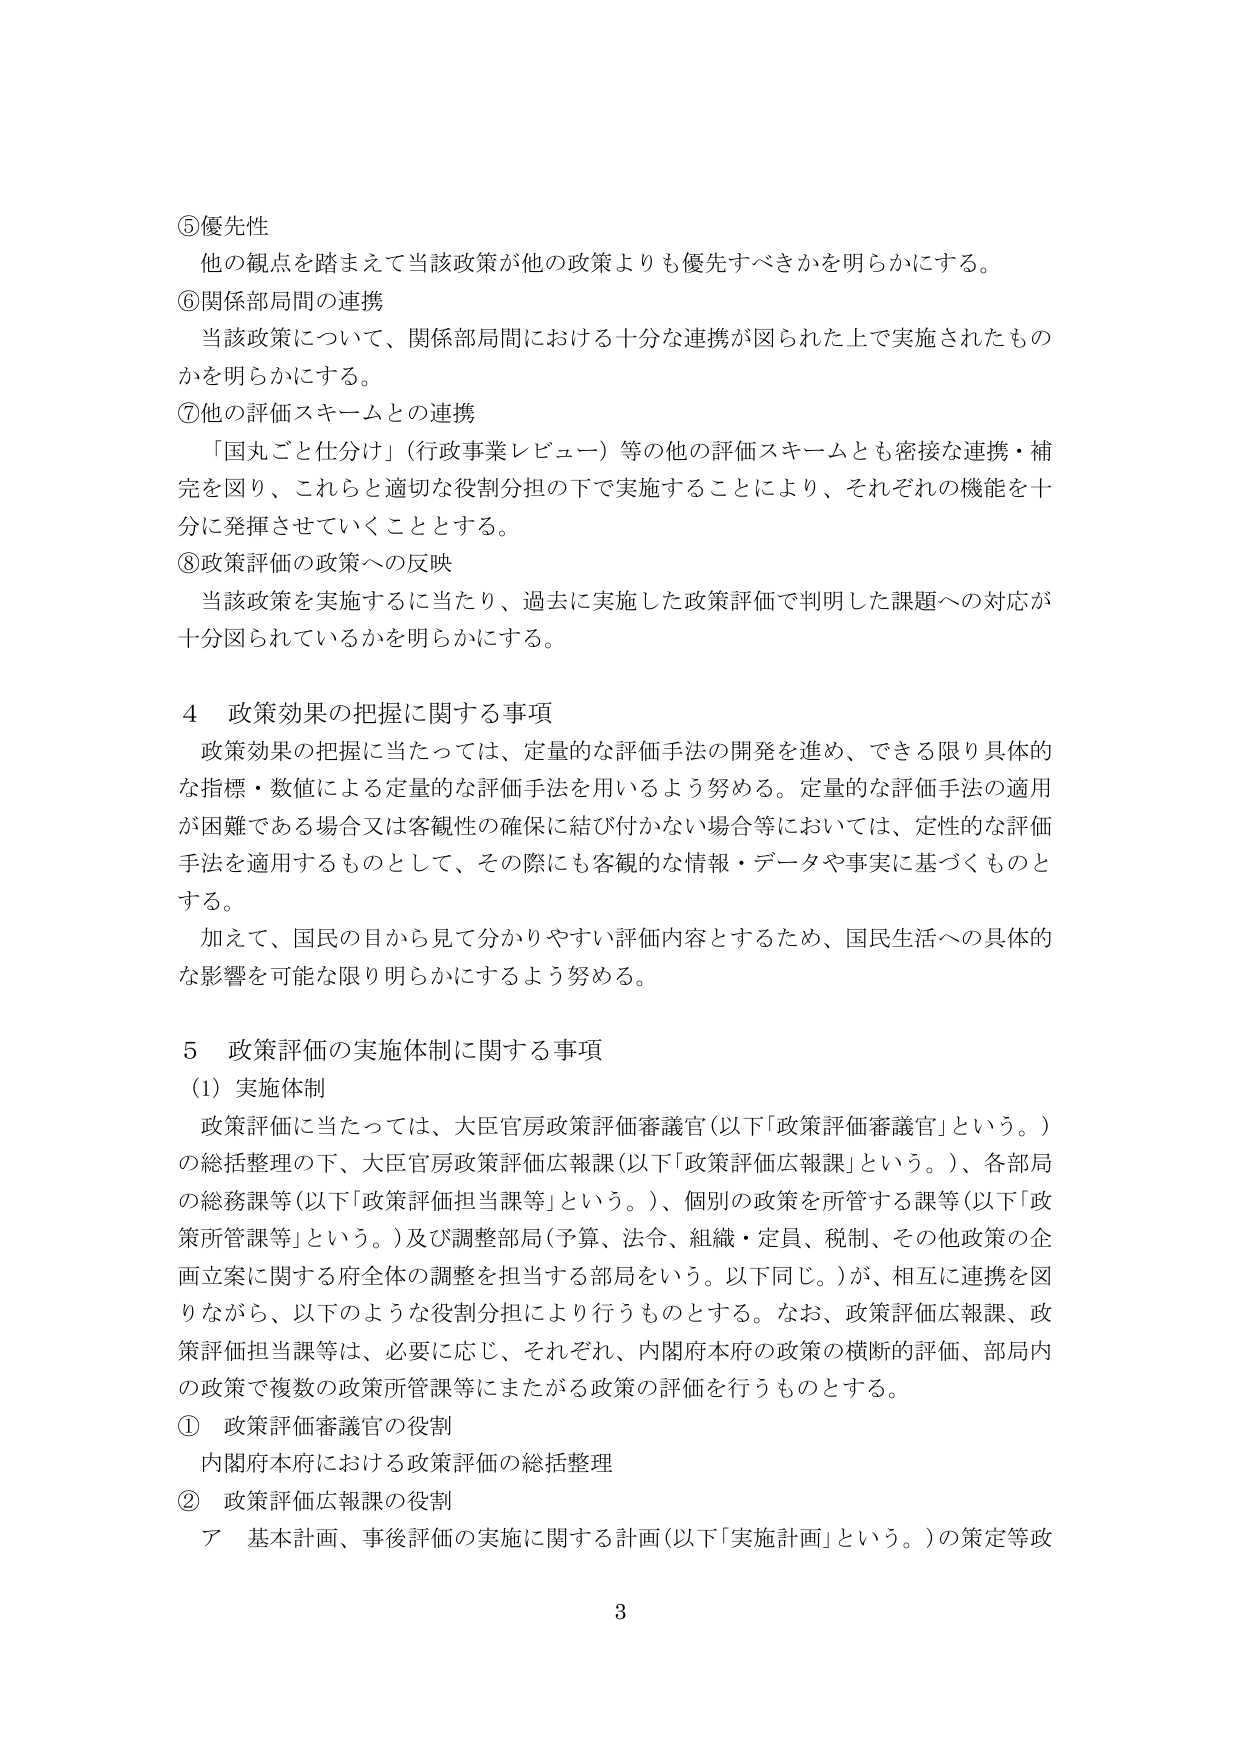
⑤優先性
他の観点を踏まえて当該政策が他の政策よりも優先すべきかを明らかにする。

⑥関係部局間の連携
当該政策について、関係部局間における十分な連携が図られた上で実施されたものかを明らかにする。

⑦他の評価スキームとの連携
「国丸ごと仕分け」（行政事業レビュー）等の他の評価スキームとも密接な連携・補完を図り、これらと適切な役割分担の下で実施することにより、それぞれの機能を十分に発揮させていくこととする。

⑧政策評価の政策への反映
当該政策を実施するに当たり、過去に実施した政策評価で判明した課題への対応が十分図られているかを明らかにする。

4 政策効果の把握に関する事項
政策効果の把握に当たっては、定量的な評価手法の開発を進め、できる限り具体的な指標・数値による定量的な評価手法を用いるよう努める。定量的な評価手法の適用が困難である場合又は客観性の確保に結び付かない場合等においては、定性的な評価手法を適用するものとして、その際にも客観的な情報・データや事実に基づくものとする。
加えて、国民の目から見て分かりやすい評価内容とするため、国民生活への具体的な影響を可能な限り明らかにするよう努める。

5 政策評価の実施体制に関する事項
(1) 実施体制
政策評価に当たっては、大臣官房政策評価審議官（以下「政策評価審議官」という。）の総括整理の下、大臣官房政策評価広報課（以下「政策評価広報課」という。）、各部局の総務課等（以下「政策評価担当課等」という。）、個別の政策を所管する課等（以下「政策所管課等」という。）及び調整部局（予算、法令、組織・定員、税制、その他政策の企画立案に関する府全体の調整を担当する部局をいう。以下同じ。）が、相互に連携を図りながら、以下のような役割分担により行うものとする。なお、政策評価広報課、政策評価担当課等は、必要に応じ、それぞれ、内閣府本府の政策の横断的評価、部局内の政策で複数の政策所管課等にまたがる政策の評価を行うものとする。

① 政策評価審議官の役割
内閣府本府における政策評価の総括整理

② 政策評価広報課の役割
ア 基本計画、事後評価の実施に関する計画（以下「実施計画」という。）の策定等政

3